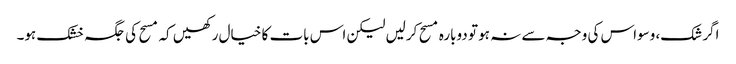
اگر شک، وسواس کی وجہ سے نہ ہو تو دوبارہ مسح کرلیں لیکن اس بات کا خیال رکھیں کہ مسح کی جگہ خشک ہو۔